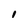
Character: 1